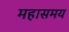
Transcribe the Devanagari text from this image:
महासमय